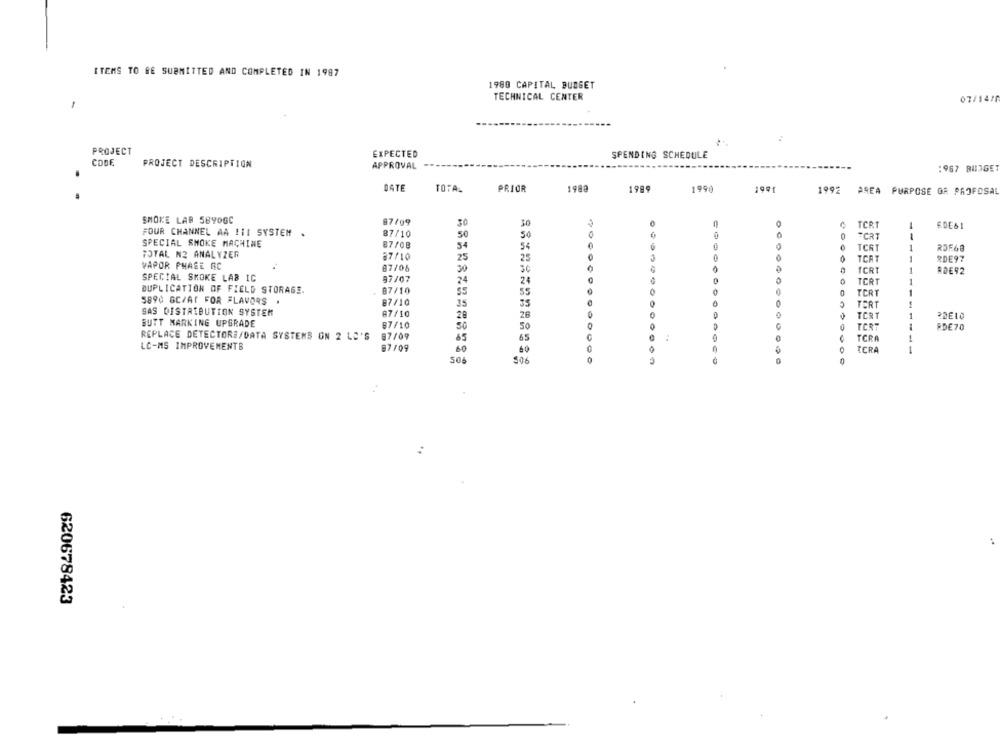
ITEMS TO BE SUBMITTED AND COMPLETED IN 1987
1980 CAPITAL BUDGET
TECHNICAL CENTER
07/147
PROJECT
EXPECTED
SPENDING SCHEDULE
CODE
PROJECT DESCRIPTION
APPROVAL
:967 BUDGE
DATE
TOTAL
PRIOR
1988
1989
1990
1992 AREA PURPOSE OR PROPOSAL
SMOKE LAB 5890GC
87/09
TCRT
EDE&1
FOUR CHANNEL AA !11 SYSTEM .
87/10
50
50
FCRT
-
SPECIAL SMOKE MACHINE
87/08
54
TCRT
1
RDF68
TOTAL N2 ANALYZER
37/10
25
25
TCAT
RDE97
VAPOR PHAGE RC
87/05
30
30
TCRT
RDE92
SPECIAL SMOKE LAB IC
97/07
24
24
TERT
DUPLICATION OF FIELD STORAGE.
87/10
55
0
TORT
5890 GC/AT FOR FLAVORS .
87/10
35
SS
5
TERT
SAS DISTRIBUTION SYSTEM
87/10
28
26
TCR1
PRELO
BUTT MARKING UPGRADE
87/10
50
TORT
-
RDE70
REPLACE DETECTORS/DATA SYSTEMS ON 2 LO'S
87/09
65
65
TCRA
LC-MS IMPROVEMENTS
87/09
60
60
ICRA
506
506
620678423